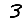
Digit: 3